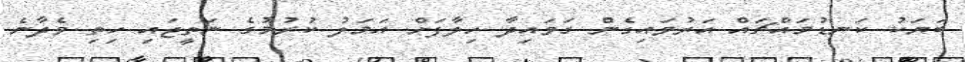
ބަޔަކު ކަނޑުމައްޗައް އަރުވައިގެން ގަވައިދާ ހިލާފަށް އަމަލު ކުރުމުގެ ނަތީޖައި ހިތި ވެދާނެ